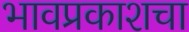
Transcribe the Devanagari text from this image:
भावप्रकाशचा